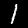
Digit: 1